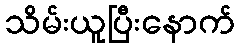
သိမ်းယူပြီးနောက်